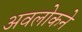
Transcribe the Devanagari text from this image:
अवलोकने